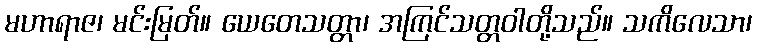
မဟာရာဇ၊ မင်းမြတ်။ ယေတေသတ္တာ၊ အကြင်သတ္တဝါတို့သည်။ သကိလေသာ၊